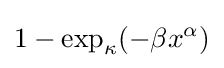
1-\exp _{\kappa }(-\beta x^{\alpha })